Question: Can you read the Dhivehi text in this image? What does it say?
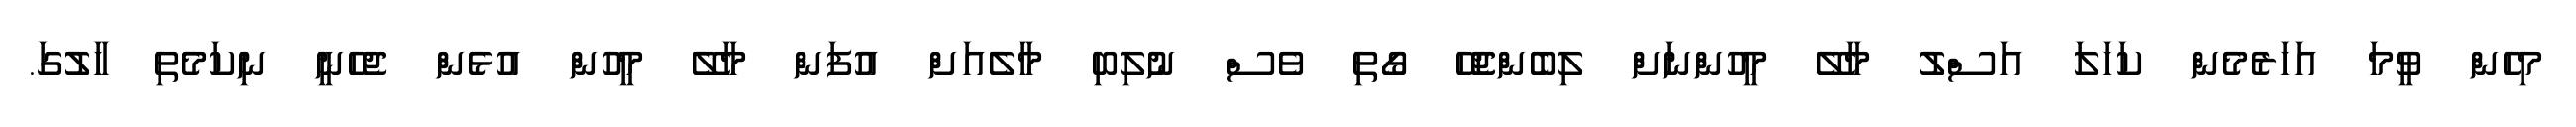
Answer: މިހެން ވީމަ އަހަރެމެން ކަހަލަ އަސްލު މާލޭ މީހުންނަށް ލިބެންޖެހޭ ގޯތި ވެސް ނުލިބި މާލެއަށް އުފަން މާލޭ މީހުން އުޅެން ޖެހެނީ ނިކަމެތި ހާލުގަ.